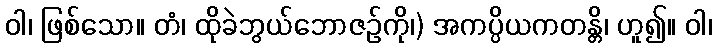
ဝါ၊ ဖြစ်သော။ တံ၊ ထိုခဲဘွယ်ဘောဇဉ်ကို၊) အကပ္ပိယကတန္တိ၊ ဟူ၍။ ဝါ၊